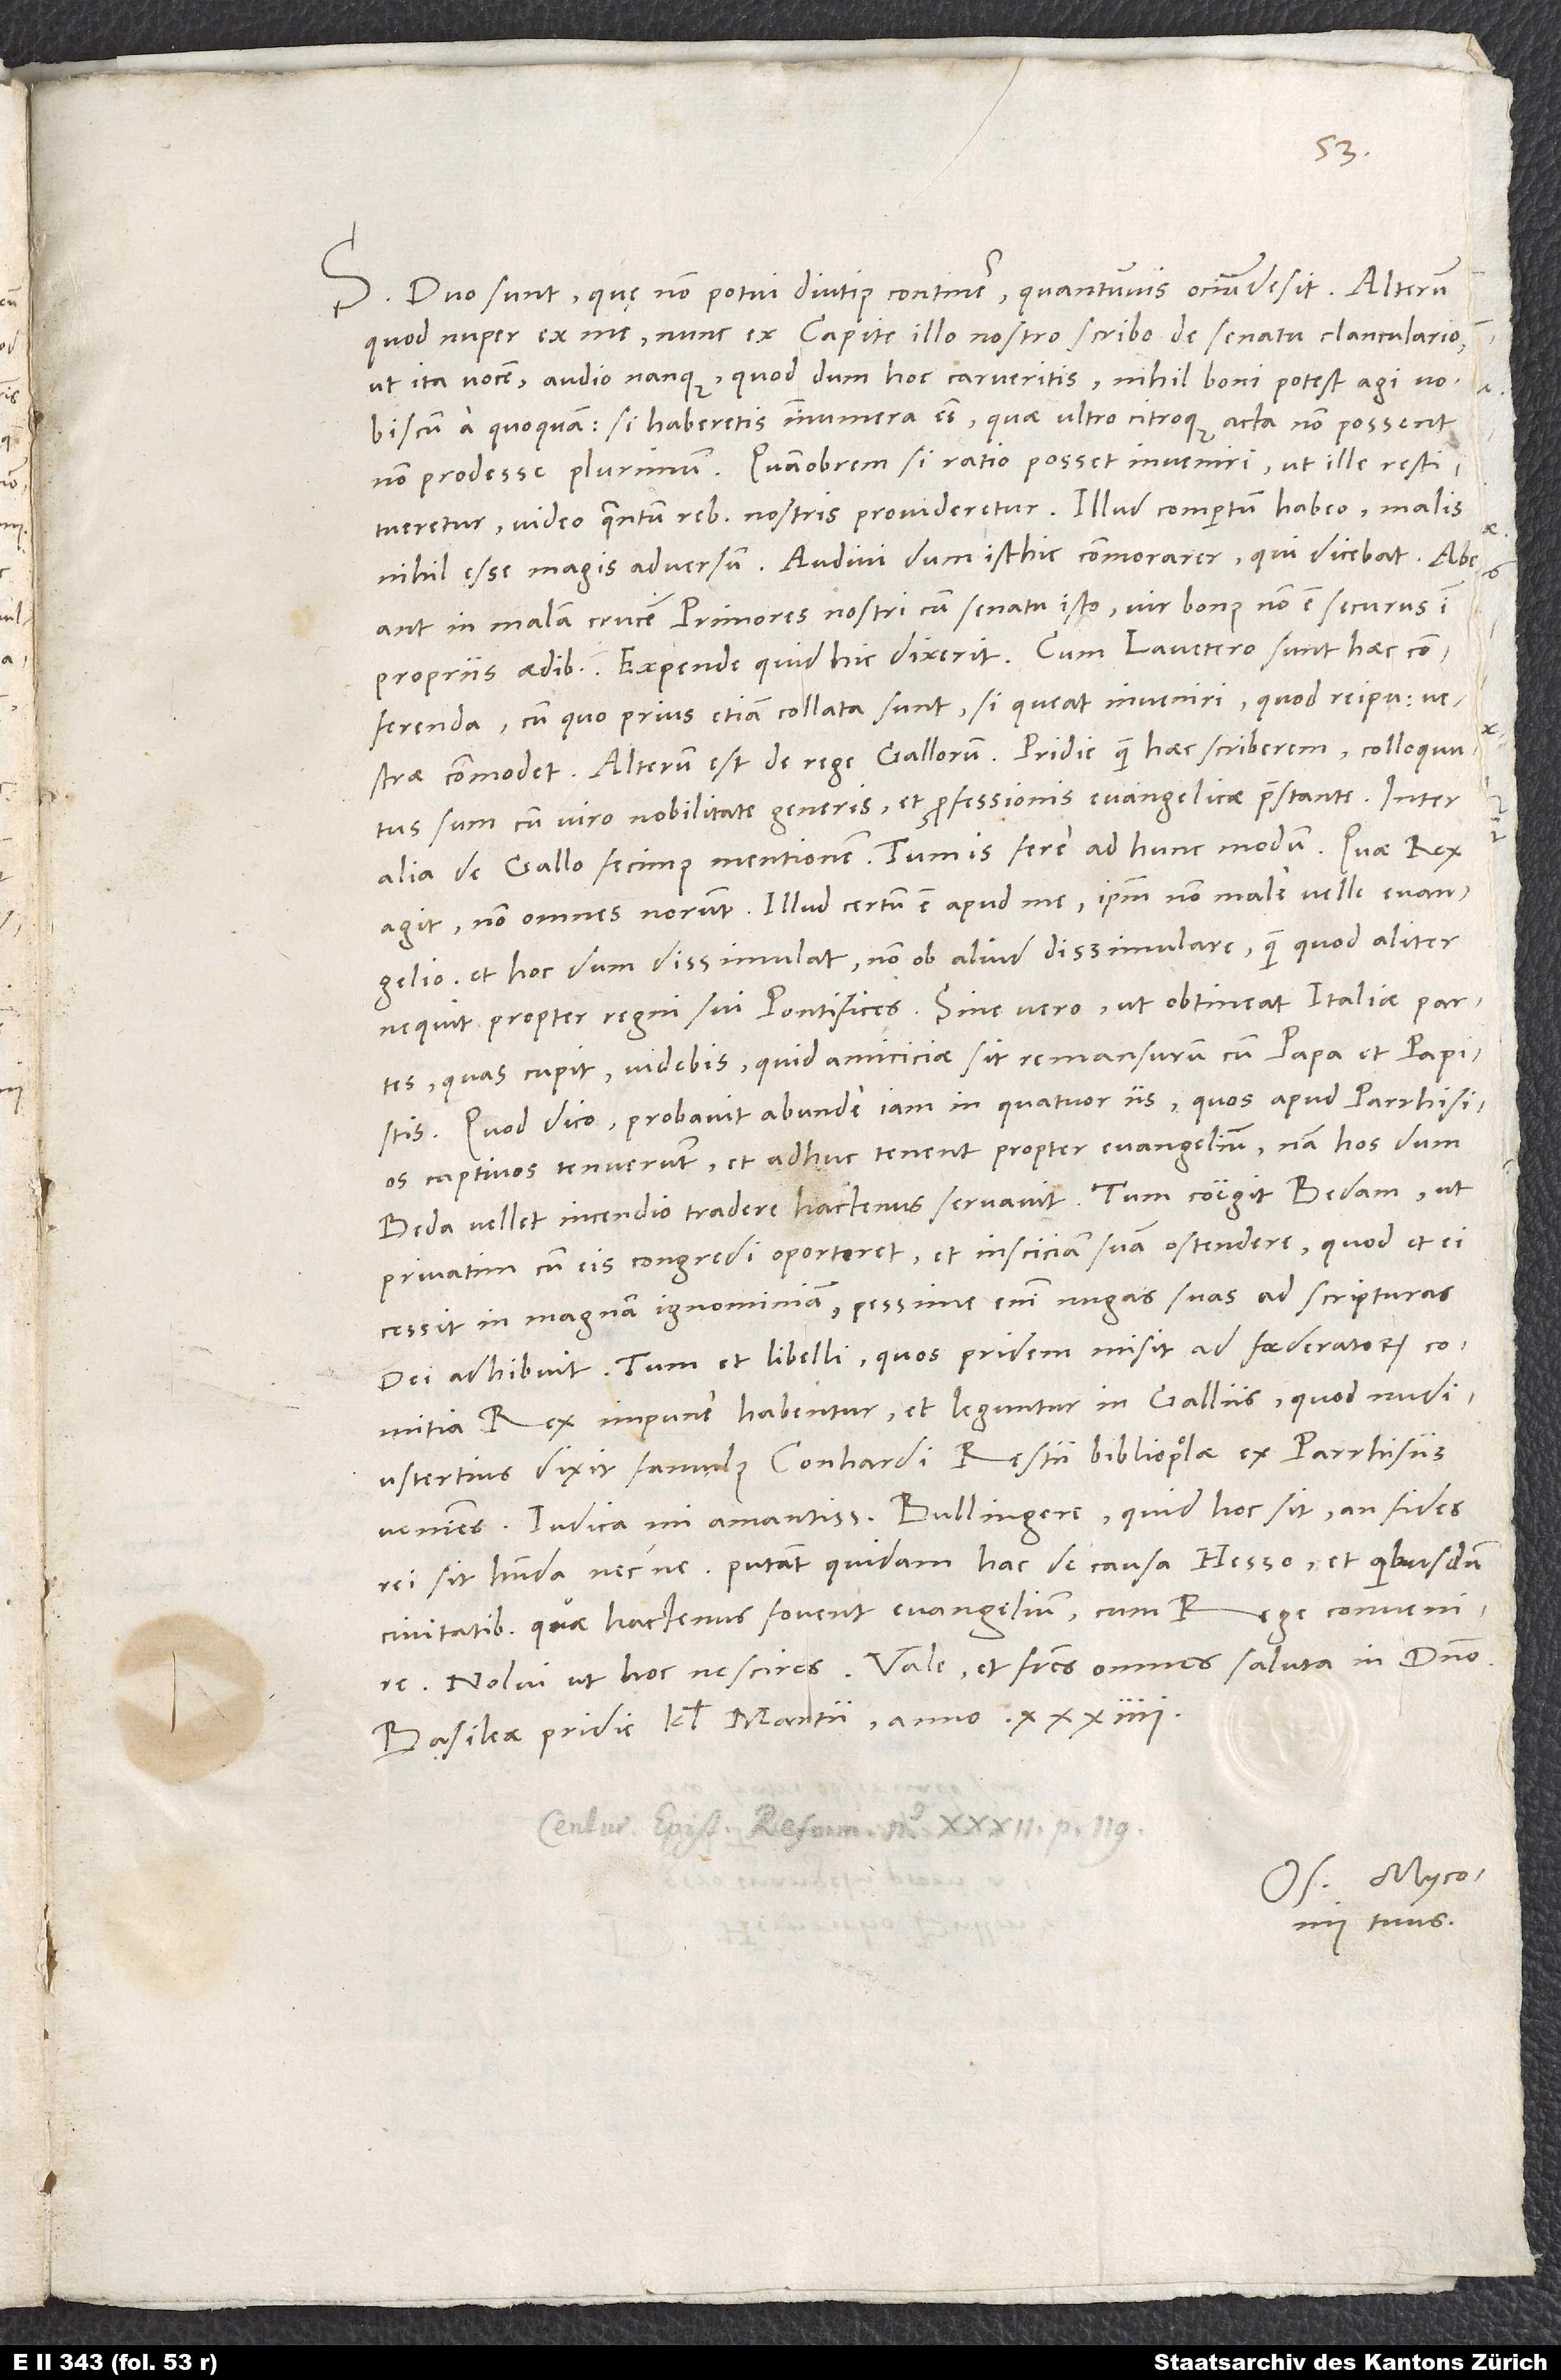
S. Duo sunt, quę non potui diutius continere, quantumvis ocium desit.
quod nuper ex me, nunc ex capite illo nostro scribo de senatu clanculario,
ut ita vocem. Audio flanque, quod dum hoc carueritis, nihil boni potest agi vobiscum
a quoquam. Si haberetis, innumera esse, quae ultro citroque acta non possent
non prodesse plurimum. Quamobrem si ratio posset inveniri, ut ille restitueretur,
video, quantum rebus nostris provideretur. Illud compertum habeo, malis
nihil esse magis adversum. Audivi, dum isthic commorarer, qui dicebat: «Abeant
in malam crucem primores nostri cum senatu isto. Vir bonus non est securus in
propriis aedibus.» Expende, quid hic dixerit. Cum Lavatero sunt haec
conferenda, cum quo prius etiam collata sunt, si queat inveniri, quod reipublicae vestrae
Alterum est de rege Gallorum. Pridie quam haec scriberem, colloquutus
sum cum viro nobilitate generis et professionis evangelicae praestante. Inter
alia de Gallo fecimus mentionem. Tum is fere ad hunc modum: «Quae rex
agit, non omnes norunt. Illud certum est apud me, ipsum non male velle evangelio
et hoc, dum dissimulat, non ob aliud dissimulare, quam quod aliter
nequit propter regni sui pontifices. Sine vero, ut obtineat Italiae partes,
quas cupit. Videbis, quid amiciciae sit remansurum cum papa et papistis.
Quod dico, probavit abunde iam in quatuor iis, quos apud Parrhisios
captivos tenuerunt et adhuc tenent propter evangelium. Nam hos, dum
Beda vellet incendio tradere, hactenus servavit. Tum coegit Bedam, ut
privatim cum eis congredi oporteret et insciciam suam ostendere, quod et ei
cessit in magnam ignominiam. Pessime enim nugas suas ad scripturas
rex, impune habentur et leguntur in Galliis, quod nudiustertius
dixit famulus Conhardi Restii, bibliopolae, ex Parrhisiis
veniens. Iudica, mi amantissime Bullingere, quid hoc sit, an fides
rei sit habenda necne. Putant quidam hac de causa Hesso et quibusdam
civitatibus, quae hactenus fovent evangelium, cum rege convenire.
Basileae, pridie kalendas martii anno 34.
tuus.